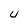
Character: U